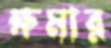
ক্ষমার